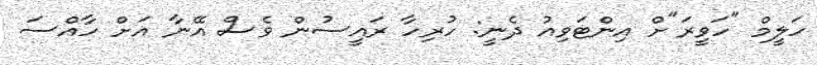
ހަލީމް "ހަވީރަ"ށް އިންޓަވިއު ދެނީ: ހުރިހާ ރައީސުން ވެސް އޭނާ އަށް ހާއްސަ